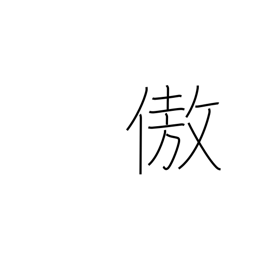
Meaning: be proud